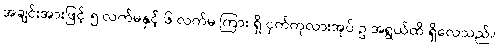
အချင်းအားဖြင့် ၅ လက်မနှင့် ၆ လက်မ ကြား ရှိ ငှက်ကုလားအုပ် ဥ အရွယ်ထိ ရှိလေသည်။